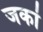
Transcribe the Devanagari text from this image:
जकां